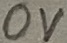
Text: 0V